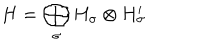
H = \bigoplus _ { \sigma } H _ { \sigma } \otimes H _ { \sigma } ^ { \prime }